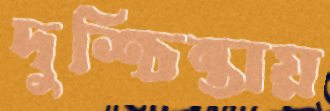
দুশ্চিন্তায়